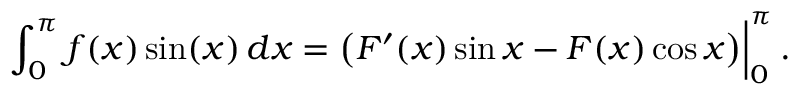
\left. \int _ { 0 } ^ { \pi } f ( x ) \sin ( x ) \, d x = { \bigl ( } F ^ { \prime } ( x ) \sin x - F ( x ) \cos x { \bigr ) } \right| _ { 0 } ^ { \pi } .